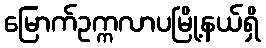
မြောက်ဥက္ကလာပမြို့နယ်ရှိ